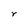
Character: r